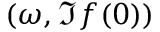
( \omega , \Im f ( 0 ) )